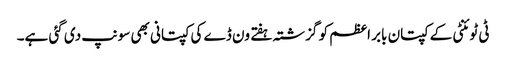
‏ ٹی ٹوئنٹی کے کپتان بابر اعظم کو گزشتہ ہفتے ون ڈے کی کپتانی بھی سونپ دی گئی ہے۔